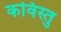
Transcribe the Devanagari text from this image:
कविस्तु